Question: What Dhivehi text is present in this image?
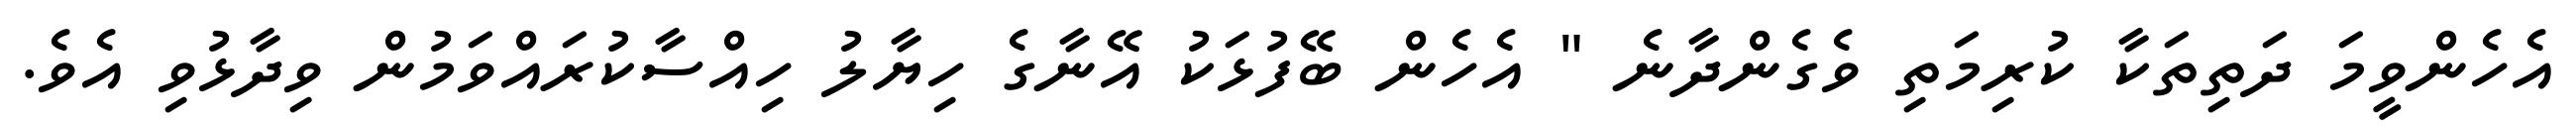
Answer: އެހެންވީމަ ދަތިތަކާ ކުރިމަތި ވެގެންދާނެ " އެހެން ބޭފުޅަކު އޭނާގެ ހިޔާލު ހިއްސާކުރައްވަމުން ވިދާޅުވި އެވެ.